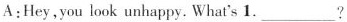
A:Hey,you look unhappy. What's 1.___?